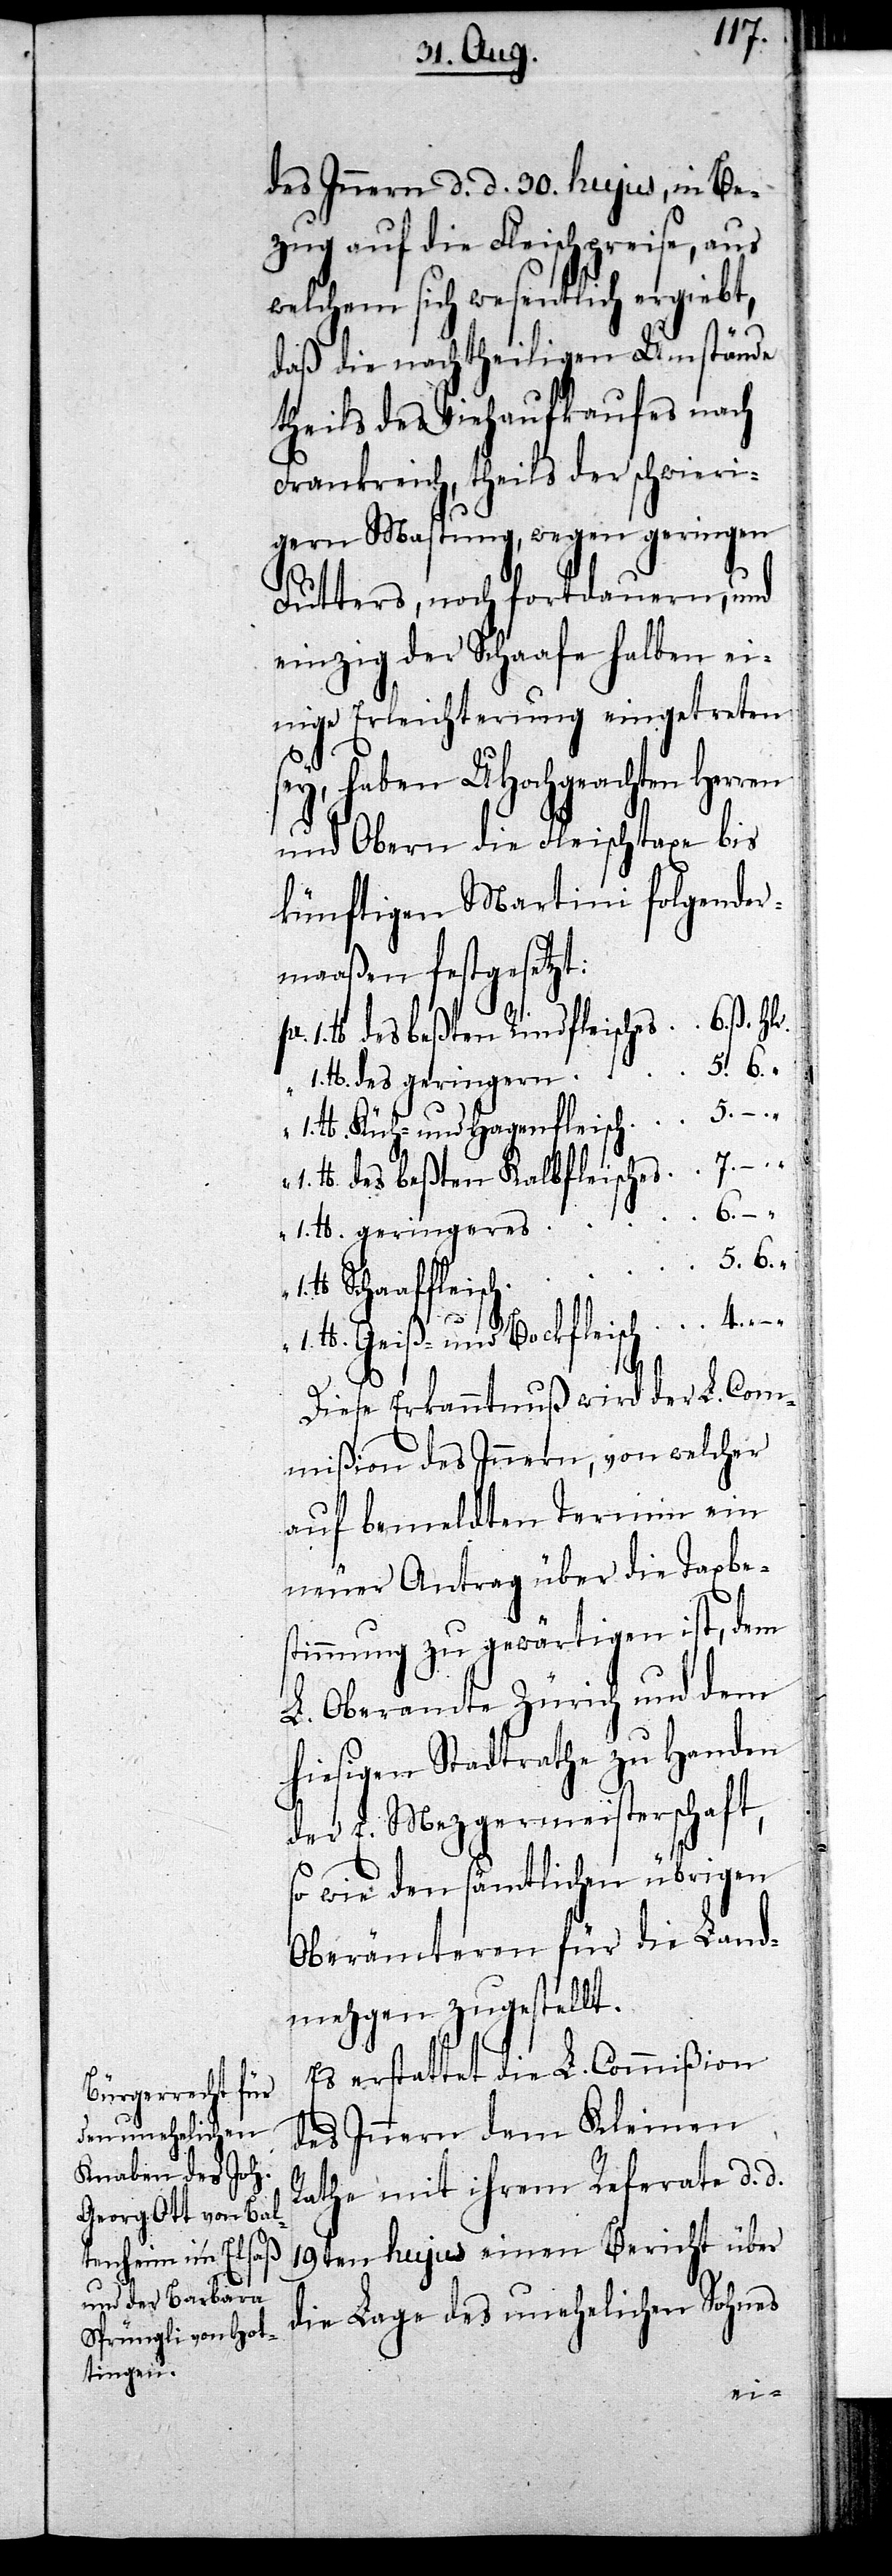
des Innern d. d. 30. hujus, in Be¬
zug auf die Fleischpreise, aus
welchem sich wesentlich ergiebt,
daß die nachtheiligen Umstände
theils des Viehaufkaufes nach
Frankreich, theils der schwieri¬
gern Mastung, wegen geringen
Futters, noch fortdauern, und
einzig der Schaafe halben ei¬
nige Erleichterung eingetreten
ey, haben UHochgeachten Her¬
und Obern die Fleischtaxe bis
künftigen Martini folgender¬
maaßen festgesetzt:
5. –.
£. des geringern
£. Küh- und Hagenfleisch
1. £. des beßten Kalbfleisches
ren
1. £. geringeres
5. 6.
chaaffleisch
1. £. Geiß- und Bockfleisch
“
Diese Erkanntnuß wird der L. Com¬
mißion des Innern, von welcher
auf bemeldten Termin ein
neuer Antrag über die Taxbe¬
stimmung zu gewärtigen ist, dem
L. Oberamte Zürich und dem
hiesigen Staatsrathe zu Handen
der E. Mezgermeisterschaft,
so wie den sämtlichen übrigen
Oberämteren für die Land¬
mezgen zugestellt.
Es erstattet die L. Commißion
des Innern dem Kleinen
Rathe mit ihrem Referate d. d.
19ten hujus einen Bericht über
die Lage des unehelichen Sohnes